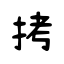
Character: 拷